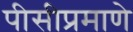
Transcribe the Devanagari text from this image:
पीसीप्रमाणे